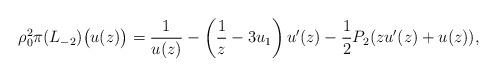
LaTeX: \begin{gather*}\rho_0^2\pi(L_{-2})\big(u(z)\big)=\frac1{u(z)}-\left(\frac1{z}-3u_1\right)u'(z)-\frac12 P_2(zu'(z)+u(z)),\end{gather*}